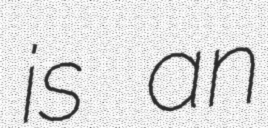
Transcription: is an